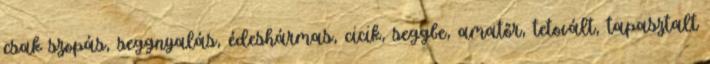
csak szopás, seggnyalás, édeshármas, cicik, seggbe, amatőr, tetovált, tapasztalt